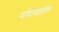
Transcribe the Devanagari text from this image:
परीघाबाहेरील